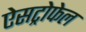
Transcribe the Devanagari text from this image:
ऐसट्रोफेल